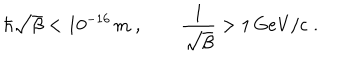
\hbar \sqrt { \beta } < 1 0 ^ { - 1 6 } \, \mathrm { m } \; , \qquad \frac { 1 } { \sqrt { \beta } } > 1 \, \mathrm { G e V / c } \; .